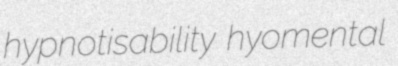
hypnotisability hyomental